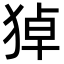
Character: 㹿